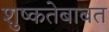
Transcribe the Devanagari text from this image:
शुष्कतेबाबत